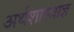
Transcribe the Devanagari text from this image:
अर्थशास्त्राज्ञ